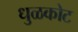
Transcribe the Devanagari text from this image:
धुळकोट